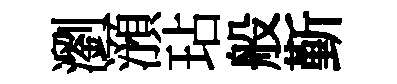
瀏澦玷般斳